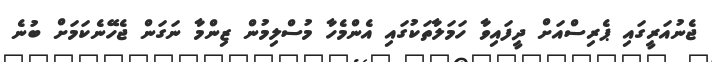
ޖެނުއަރީގައި ޕެރިސްއަށް ދީފައިވާ ހަމަލާތަކުގައި އެންމެހާ މުސްލިމުން ޒިންމާ ނަގަން ޖެހޭނެކަމަށް ބުނެ